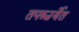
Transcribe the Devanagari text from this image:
तपश्चर्येत